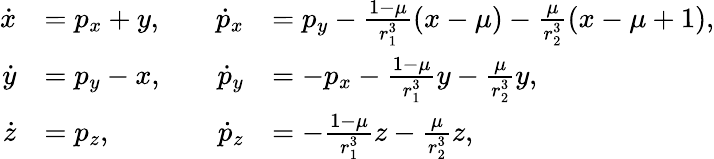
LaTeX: \begin{array}{rlrl}{\dot{x}}&{=p_{x}+y,\quad}&{\dot{p}_{x}}&{=p_{y}-\frac{1-\mu}{r_{1}^{3}}(x-\mu)-\frac{\mu}{r_{2}^{3}}(x-\mu+1),}\\ {\dot{y}}&{=p_{y}-x,\quad}&{\dot{p}_{y}}&{=-p_{x}-\frac{1-\mu}{r_{1}^{3}}y-\frac{\mu}{r_{2}^{3}}y,}\\ {\dot{z}}&{=p_{z},\quad}&{\dot{p}_{z}}&{=-\frac{1-\mu}{r_{1}^{3}}z-\frac{\mu}{r_{2}^{3}}z,}\end{array}